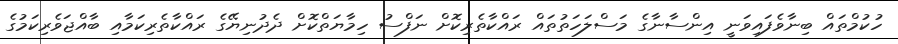
ހުކުމްތައް ބިނާވެފައިވަނީ އިންސާނާގެ މަސްލަހަތުތައް ރައްކާތެރިކޮށް ނަފްސު ހިމާޔަތްކޮށް ދެދުނިޔޭގެ ރައްކާތެރިކަމާއި ބާއްޖަވެރިކަމުގެ